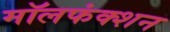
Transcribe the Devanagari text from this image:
मॉलफंक्शन